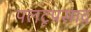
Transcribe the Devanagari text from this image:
पलटूप्रसाद